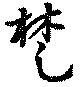
楚